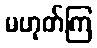
မဟုတ်ကြ